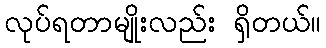
လုပ်ရတာမျိုးလည်း ရှိတယ်။